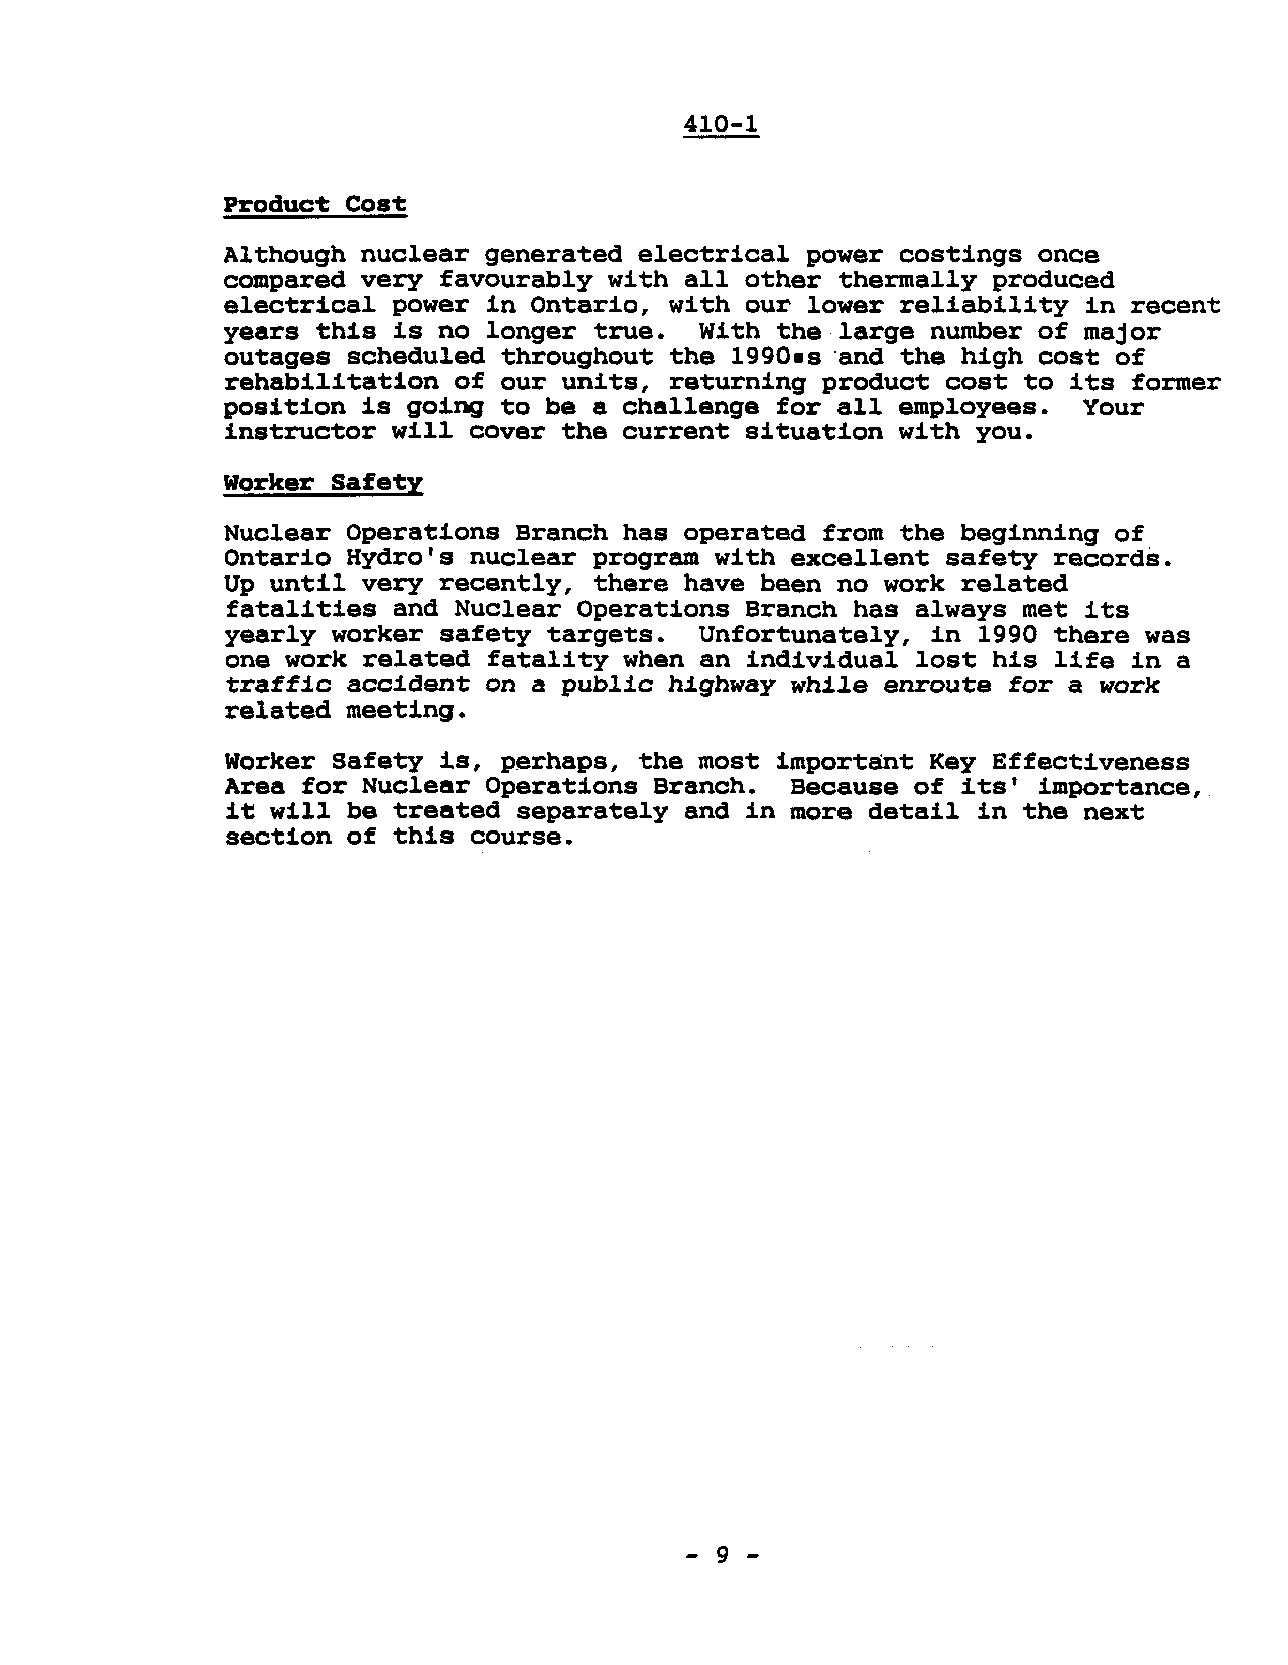
410-1
 Produc~ C08~
 Although nuclear generated electrical power costings  once
 compared very favourably with all other thermally  produced
 electrical power 1n Ontario, with our lower  reliability 1n recent
 years this is no longer true.  With the large  number of major
 outages scheduled throughout the 1990.s ·and the high cost of
 rehabilitation of our units, returning product  cost to its former
 position is going to be a challenge for all employees.   Your
 instructor will cover the current situation with  you.
 Worker Safe~y
 Nuclear Operations Branch has operated from  the beginning of
 Ontario Hydro's nuclear program with excellent  safety records.
 Up until very recently, there have been no work  related
 fatalities and Nuclear Operations Branch has  always met its
 yearly worker safety targets.  Unfortunately,  in 1990 there was
 one work related fatality when an individual  lost his life in a
 traffic accident on a public highway while enroute  for a work
 related meeting.
 Worker Safety is, perhaps, the most important  Key Effectiveness
 Area for Nuclear Operations Branch.  Because of  its' importance,
 it will be treated separately and in more detail  in the next
 section of this course.
 - 9 -